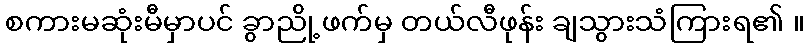
စကားမဆုံးမီမှာပင် ခွာညို့ဖက်မှ တယ်လီဖုန်း ချသွားသံကြားရ၏ ။